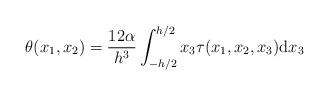
LaTeX: \begin{align*}\theta(x_{1}, x_{2}) = \frac{12 \alpha}{h^{3}} \int_{-h/2}^{h/2} x_{3} \tau(x_{1}, x_{2}, x_{3}) \mathrm{d}x_{3} \end{align*}